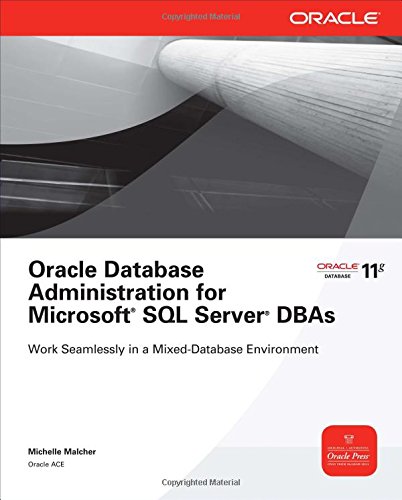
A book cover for Oracle Database Administration for Microsoft SQL Server DBAs (Oracle Press); Michelle Malcher; Computers & Technology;